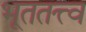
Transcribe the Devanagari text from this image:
भूततत्त्व